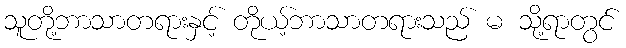
သူတို့ဘာသာတရားနှင့် တိုယ့်ဘာသာတရားသည် မ သို့ရာတွင်